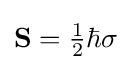
{\textstyle \mathbf {S} ={\tfrac {1}{2}}\hbar \sigma }